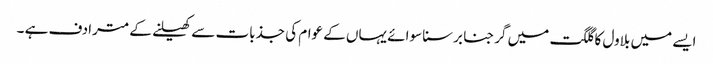
ایسے میں بلاول کا گلگت میں گرجنا برسنا سوائے یہاں کے عوام کی جذبات سے کھیلنے کے مترادف ہے ۔